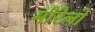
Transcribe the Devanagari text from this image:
मौरेलो